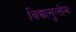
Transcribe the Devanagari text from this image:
विद्यानुलोम